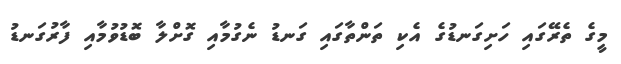
މީގެ ތެރޭގައި ހަށިގަނޑުގެ އެކި ތަންތާގައި ގަނޑު ނެގުމާއި ގޮށްލާ ބޮޑުވުމާއި ފާރުގަނޑު